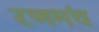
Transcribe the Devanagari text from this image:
रणमंच